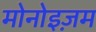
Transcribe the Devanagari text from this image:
मोनोइज़म